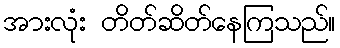
အားလုံး တိတ်ဆိတ်နေကြသည်။